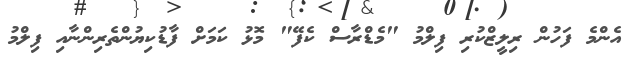
އެންމެ ފަހުން ރިލީޒްކުރި ފިލްމު "މެޑްރާސް ކެފޭ" މޮޅު ކަމަށް ފާޑުކިޔުންތެރިންނާއި ފިލްމު